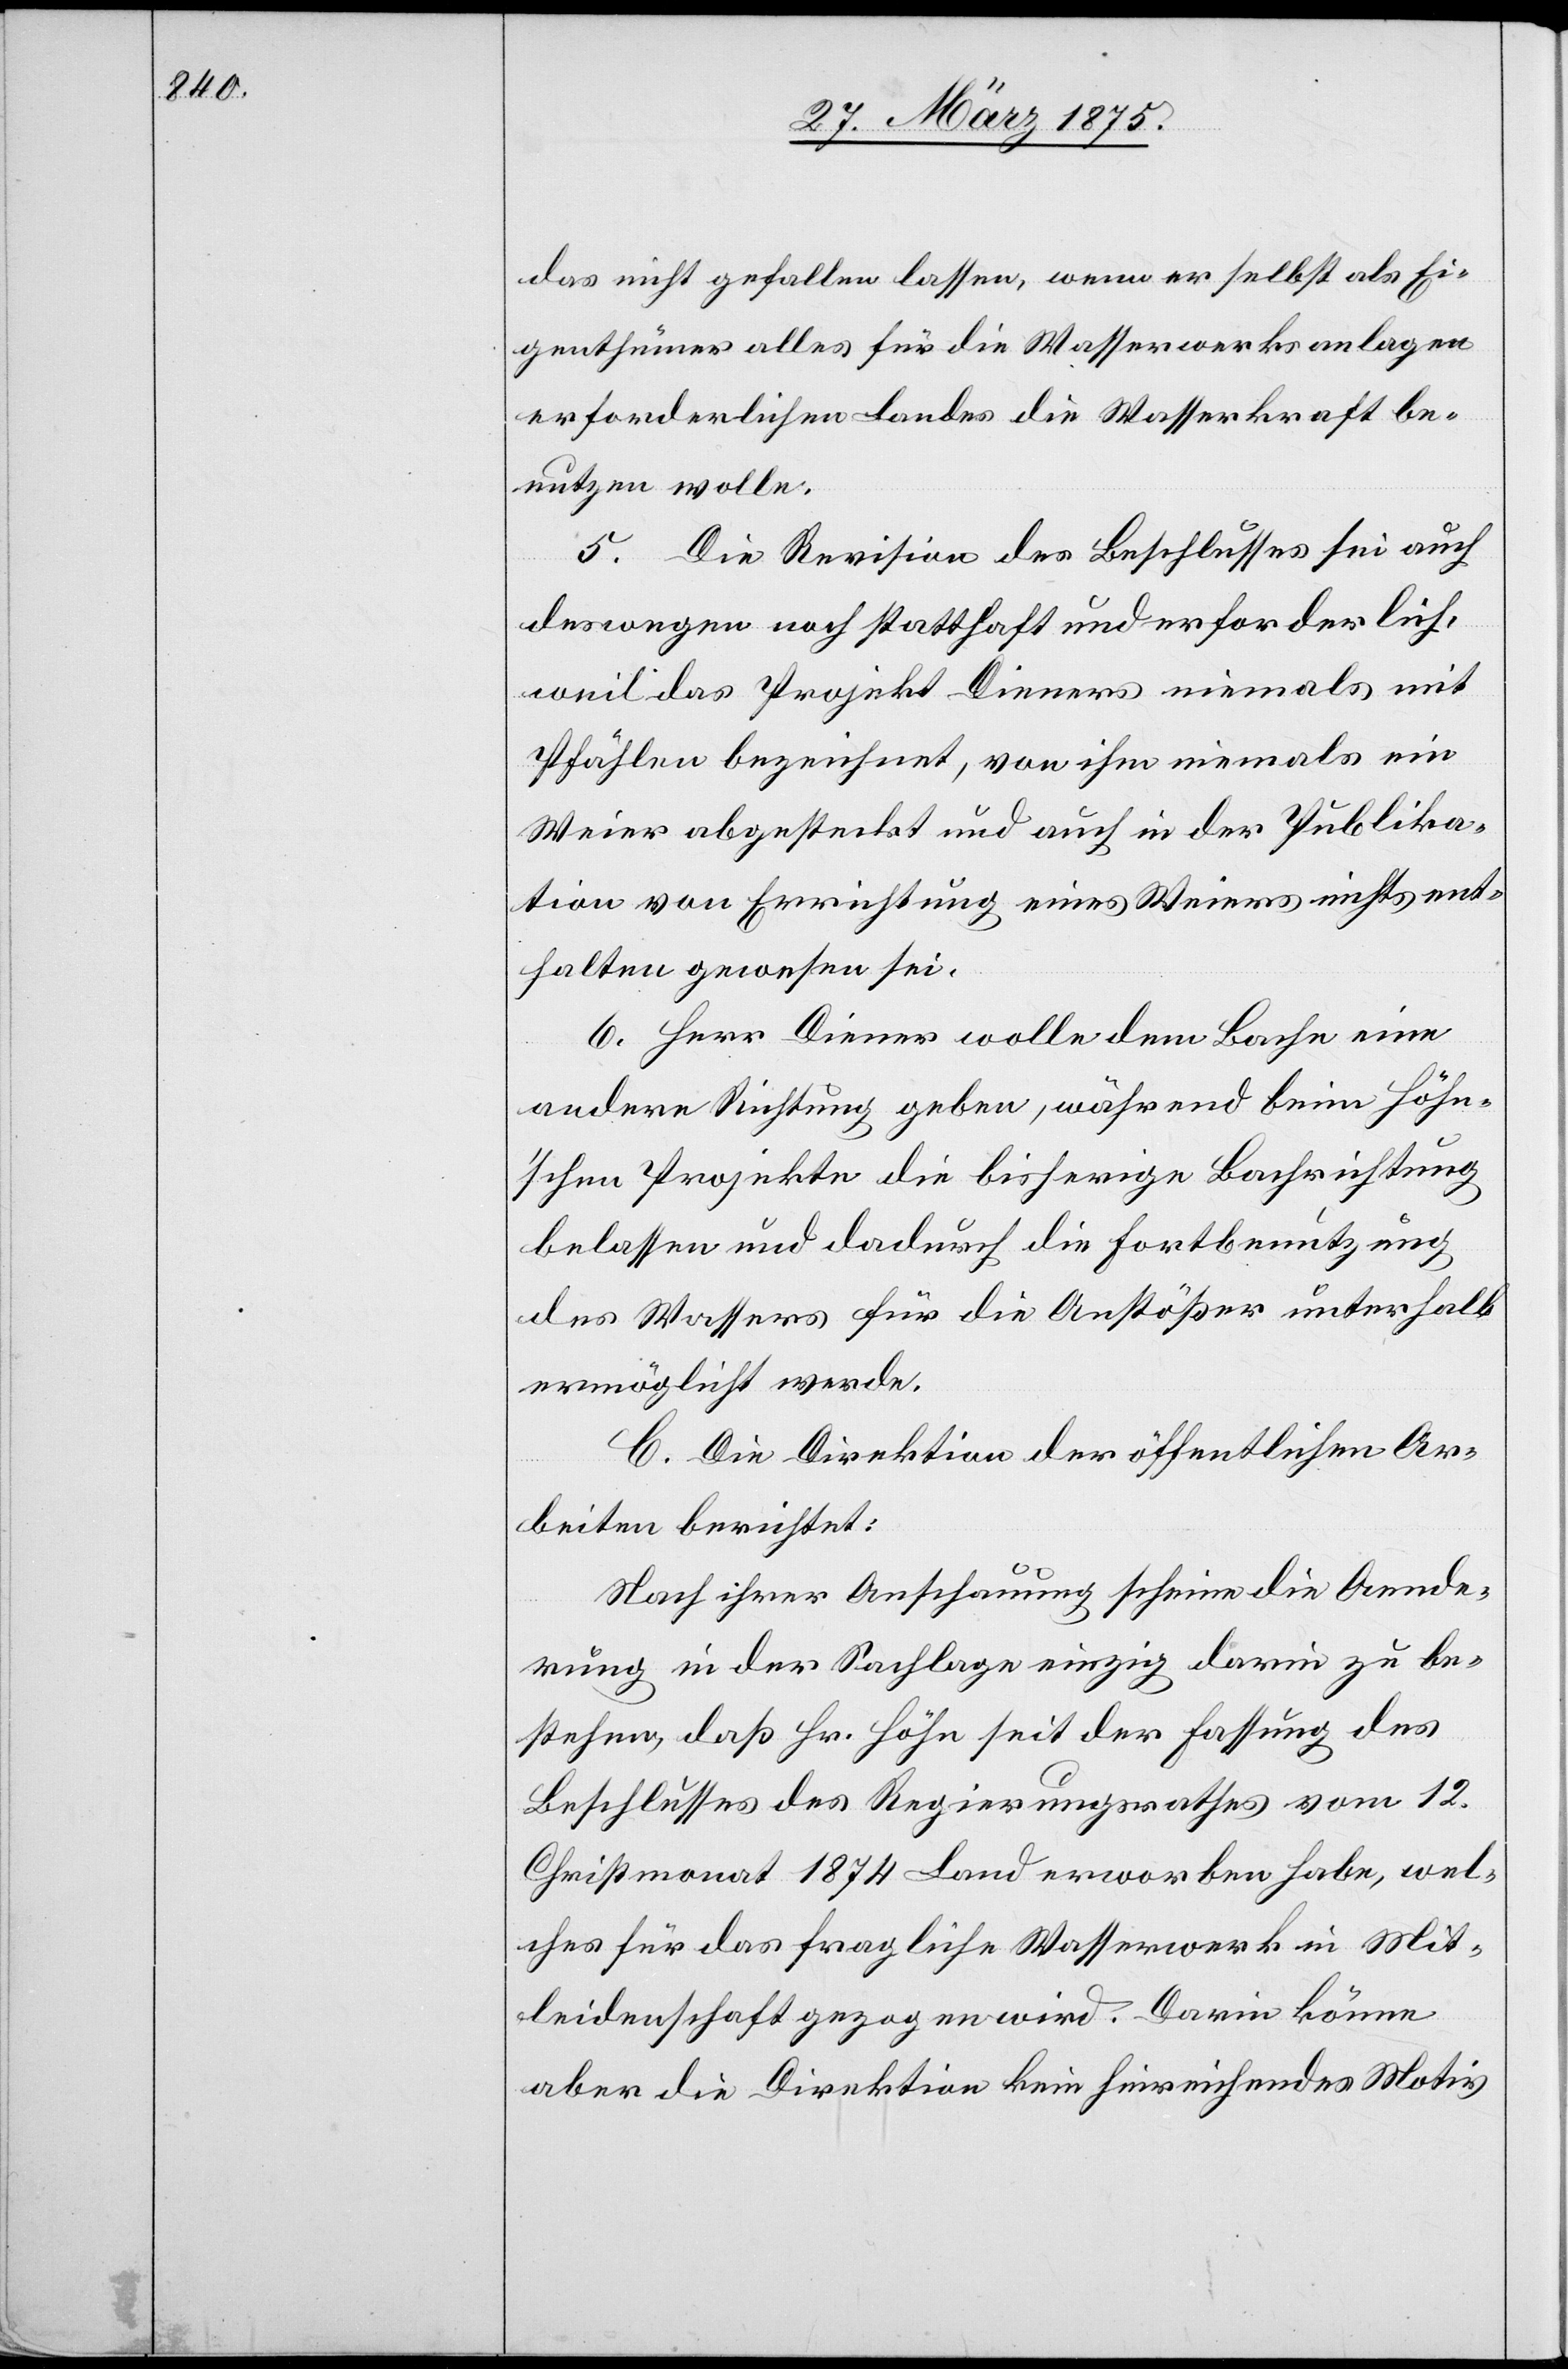
das nicht gefallen lassen, wenn er selbst als Ei¬
genthümer alles für die Wasserwerksanlagen
erforderlichen Landes die Wasserkraft be¬
nutzen wolle.
5. Die Revision des Beschlusses sei auch
deswegen noch statthaft und erforderlich,
weil das Projekt Dieners niemals mit
Pfählen bezeichnet, von ihm niemals ein
Weier abgesteckt und auch in der Publika¬
tion von Errichtung eines Weiers nichts enthalten
6. Herr Diener wolle dem Bache eine
andere Richtung geben, während beim höh¬
n’schen Projekt die bisherige Bachrichtung
belassen und dadurch die Fortbenutzung
des Wassers für die Anstößer unterhalb
ermöglicht werde.
C. Die Direktion der öffentlichen Ar¬
beiten berichtet:
Aenderung in der Sachlage einzig darin zu be¬
stehen, daß Hr. Höhn seit der Fassung des
Beschlußes des Regierungsrathes vom 12.
Christmonat 1874 Land erworben habe, wel¬
ches für das fragliche Wasserwerk in Mit¬
leidenschaft gezogen wird. Darin könne
aber die Direktion kein hinreichendes Motiv